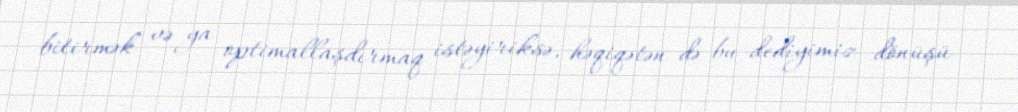
bitirmək və ya optimallaşdırmaq istəyiriksə, həqiqətən də bu dediyimiz dönüşü